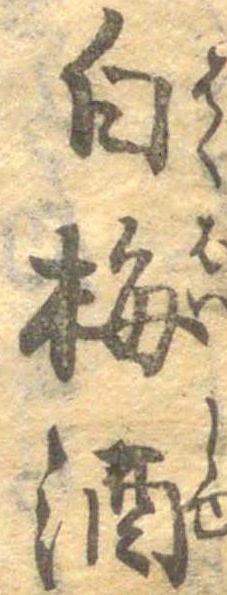
白梅酒